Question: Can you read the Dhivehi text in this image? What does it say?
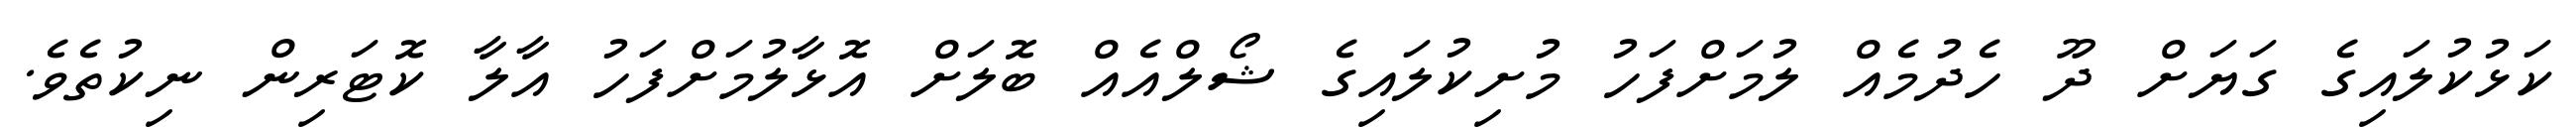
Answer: ކަޅުކުލައިގެ ގަޔަށް ދޫ ހެދުމެއް ލުމަށްފަހު މުށިކުލައިގެ ޝޯލްއެއް ބޮލަށް އޮޅާލުމަށްފަހު އާލާ ކޮޓަރިން ނިކުތެވެ.